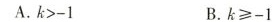
A.$$k > - 1$$ B.$$k ≥ - 1$$